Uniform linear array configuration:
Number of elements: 4
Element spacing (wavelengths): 0.5
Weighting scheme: blackman
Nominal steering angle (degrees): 30
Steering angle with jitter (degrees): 30.262
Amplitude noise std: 0.05
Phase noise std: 0.05

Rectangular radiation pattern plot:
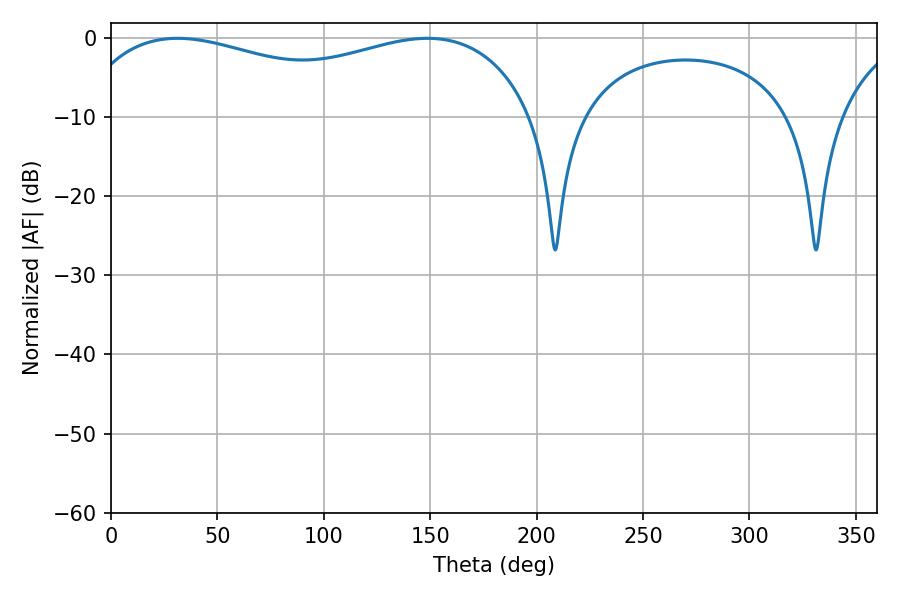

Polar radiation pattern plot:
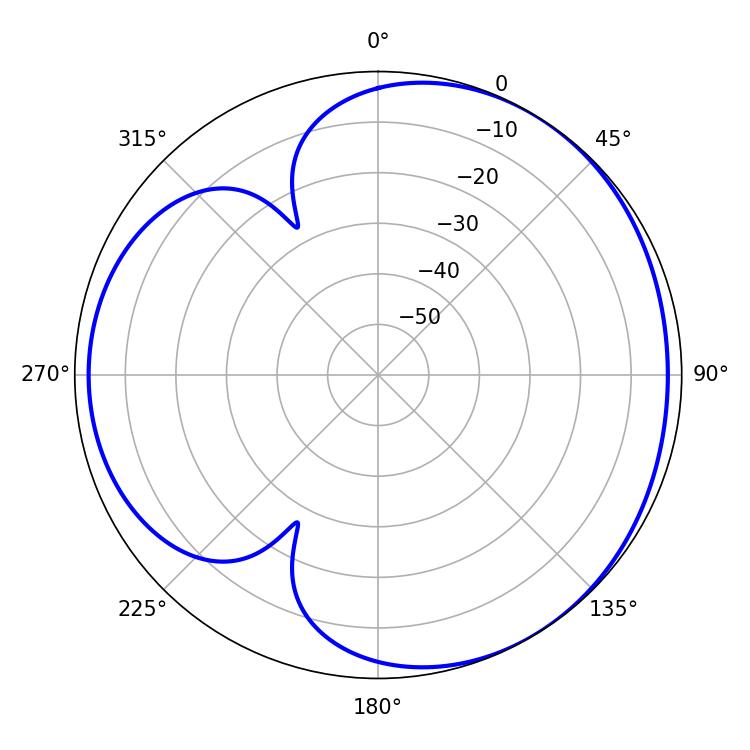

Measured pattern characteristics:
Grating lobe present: FALSE
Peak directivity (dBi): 3.513
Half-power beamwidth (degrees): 177.84
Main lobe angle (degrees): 31.32